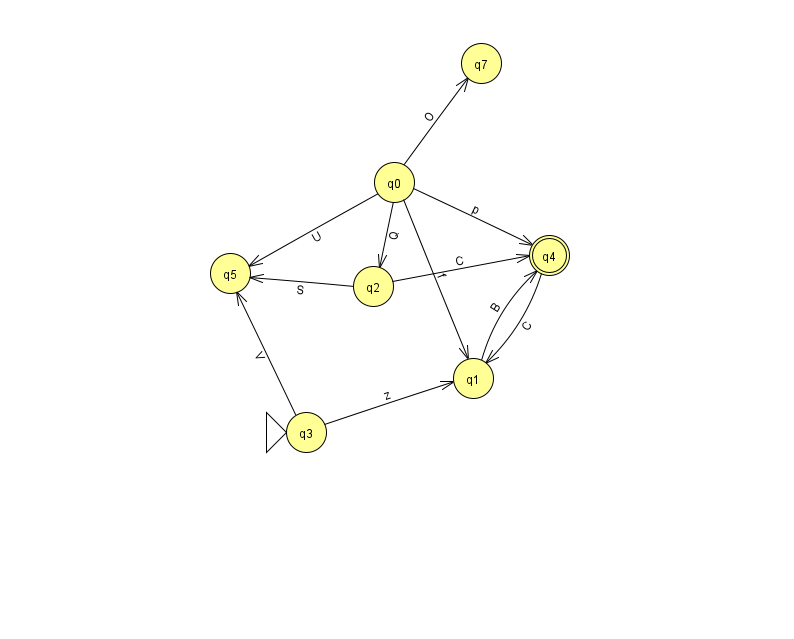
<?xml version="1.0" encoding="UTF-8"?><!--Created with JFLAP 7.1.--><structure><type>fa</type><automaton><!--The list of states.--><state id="0" name="q0"><x>394.0</x><y>169.0</y></state><state id="1" name="q1"><x>473.0</x><y>365.0</y></state><state id="2" name="q2"><x>373.0</x><y>273.0</y></state><state id="3" name="q3"><x>306.0</x><y>419.0</y><initial/></state><state id="4" name="q4"><x>549.0</x><y>242.0</y><final/></state><state id="5" name="q5"><x>230.0</x><y>260.0</y></state><state id="7" name="q7"><x>481.0</x><y>50.0</y></state><!--The list of transitions.--><transition><from>2</from><to>5</to><read>S</read></transition><transition><from>2</from><to>4</to><read>C</read></transition><transition><from>3</from><to>1</to><read>z</read></transition><transition><from>4</from><to>1</to><read>C</read></transition><transition><from>0</from><to>7</to><read>O</read></transition><transition><from>1</from><to>4</to><read>B</read></transition><transition><from>0</from><to>4</to><read>p</read></transition><transition><from>0</from><to>5</to><read>U</read></transition><transition><from>0</from><to>1</to><read>f</read></transition><transition><from>3</from><to>5</to><read>V</read></transition><transition><from>0</from><to>2</to><read>Q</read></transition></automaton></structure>